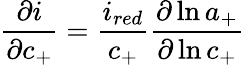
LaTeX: \frac{\partial i}{\partial c_{+}}=\frac{i_{red}}{c_{+}}\frac{\partial\ln{a_{+}}}{\partial\ln{c_{+}}}